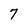
Character: 7